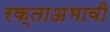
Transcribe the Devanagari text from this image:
रक्ताअभावी